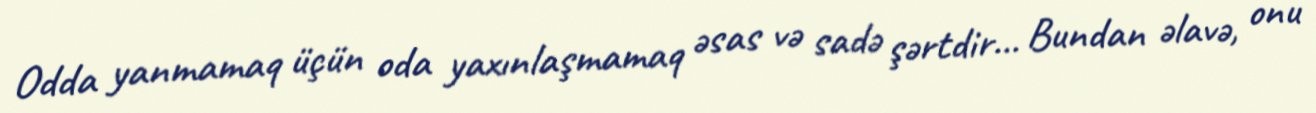
Odda yanmamaq üçün oda yaxınlaşmamaq əsas və sadə şərtdir... Bundan əlavə, onu